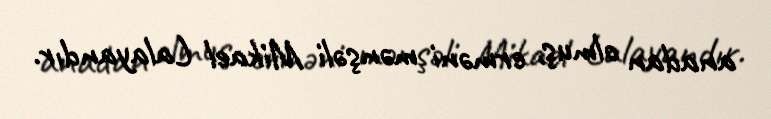
anadan olmuş, erməni mənşəli Mikael Lalayandır.